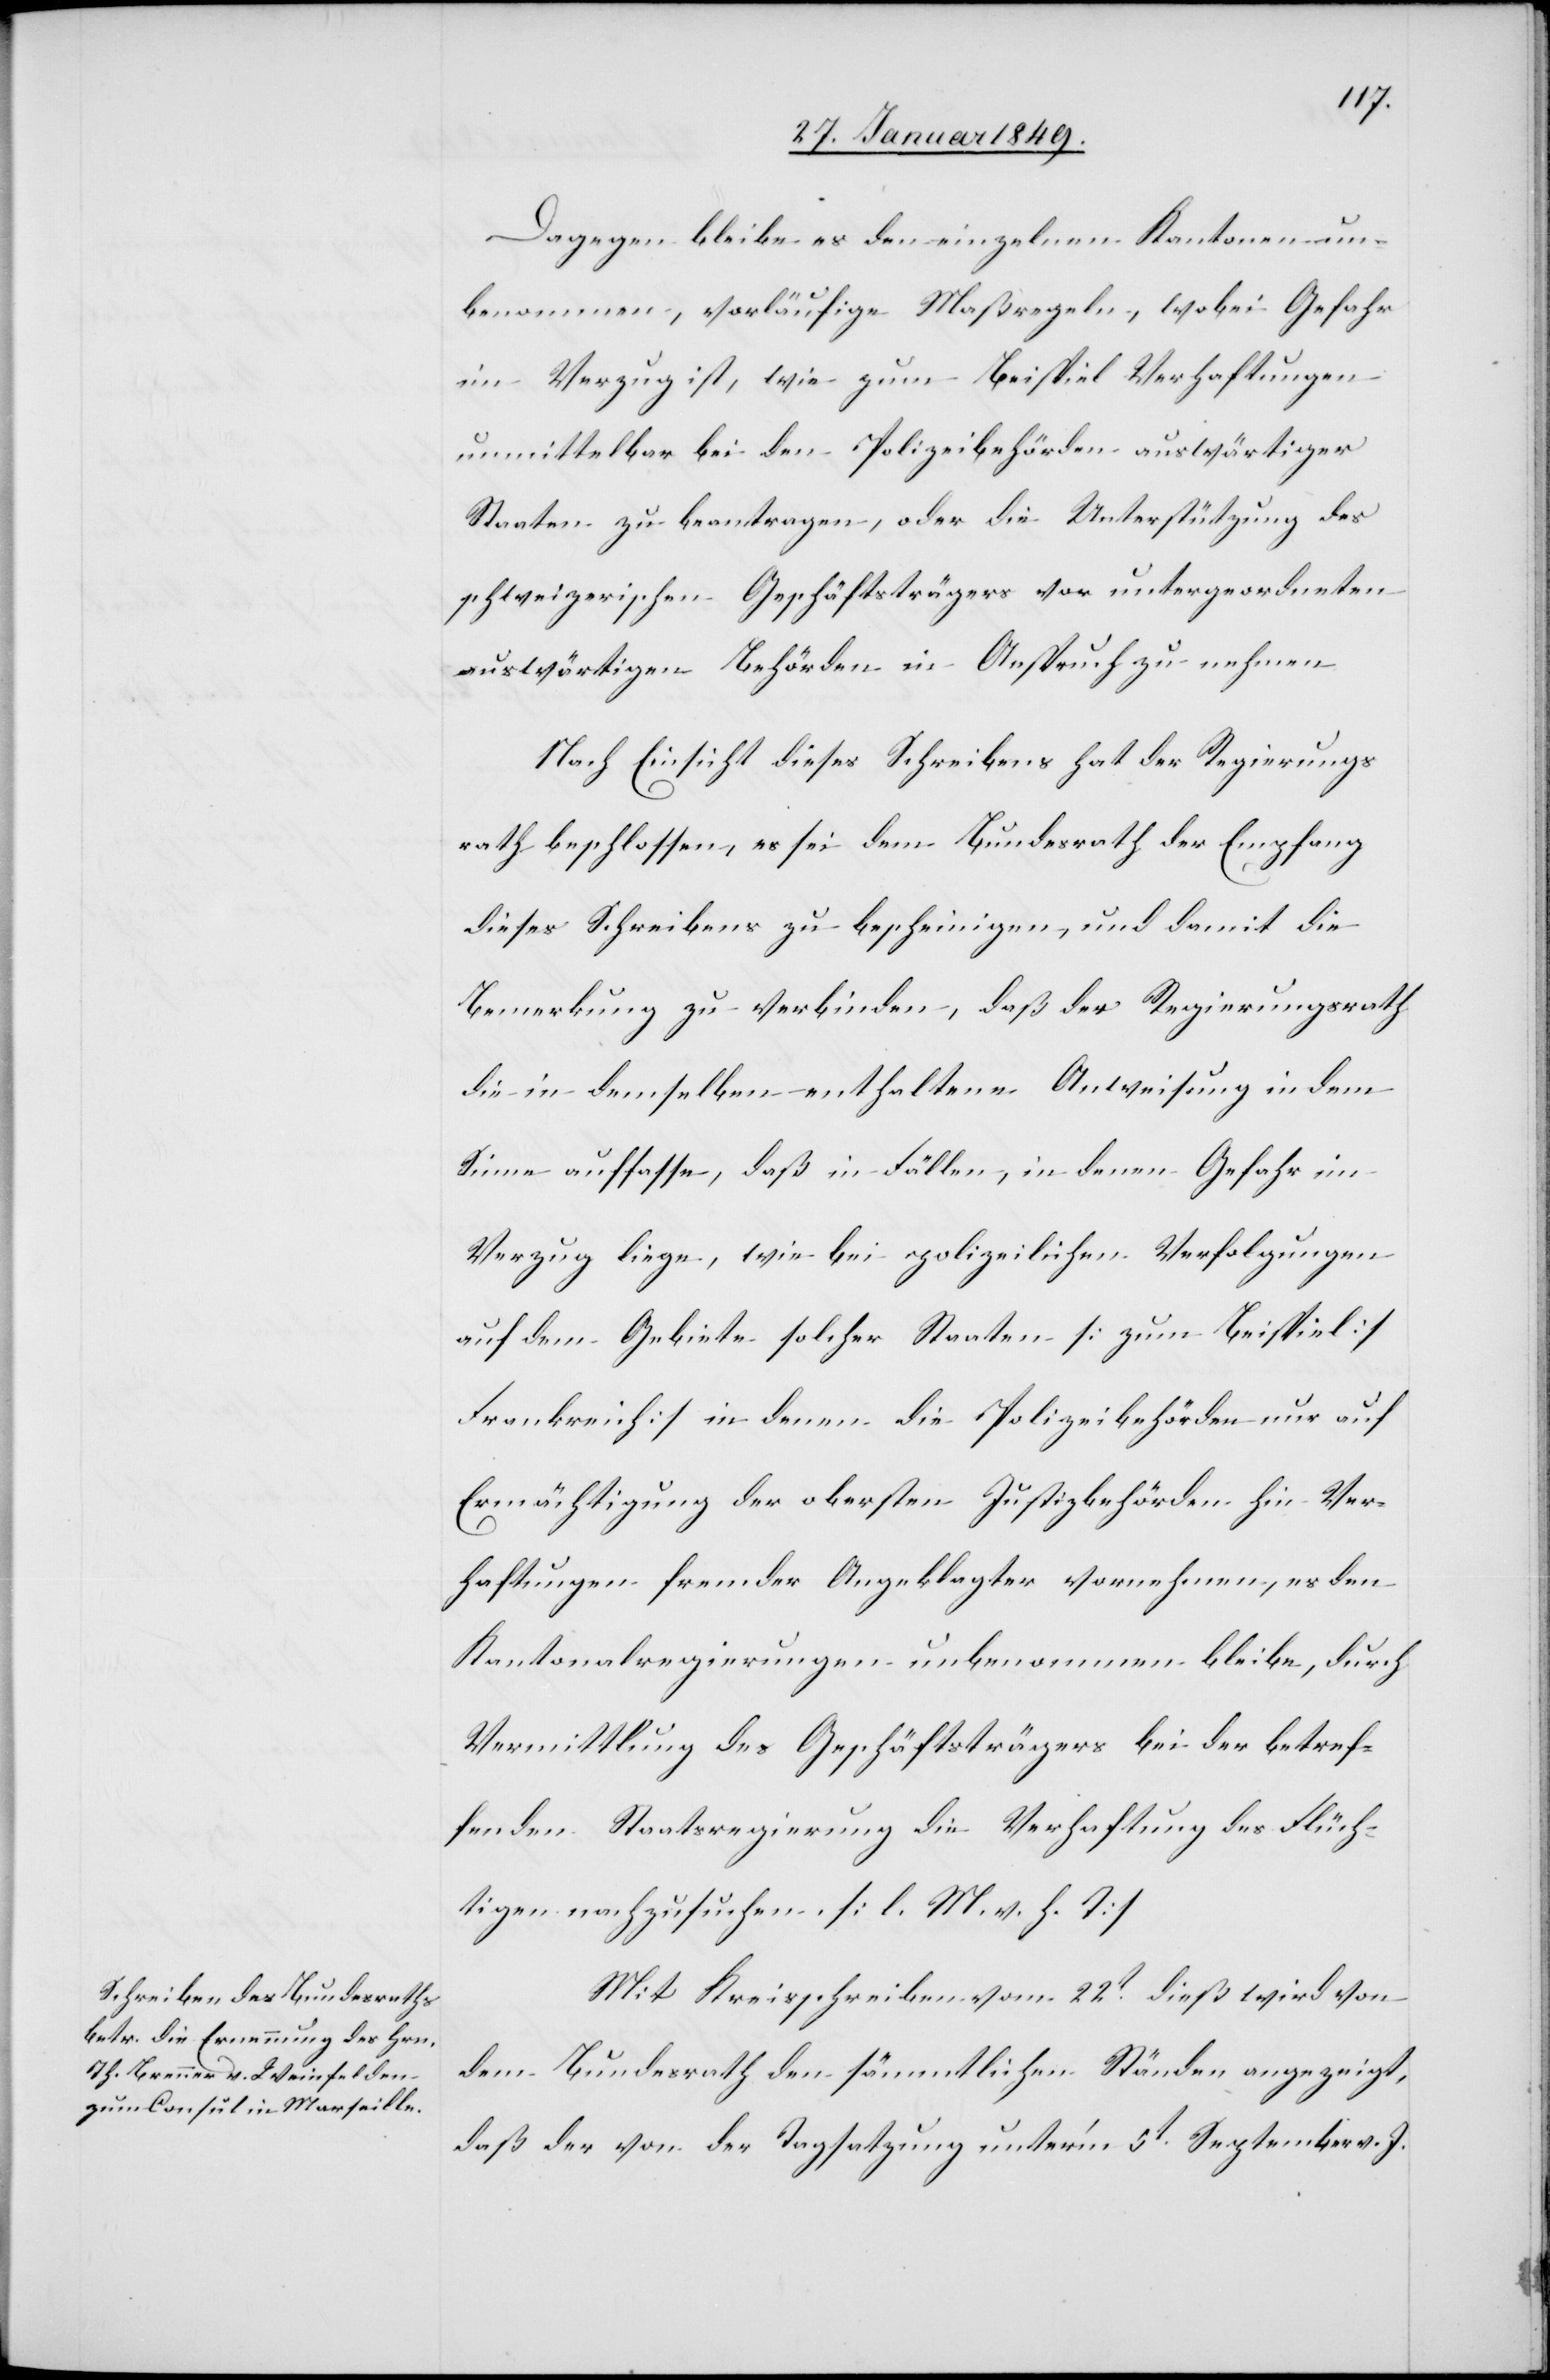
Dagegen bleibe es den einzelnen Kantonen un¬
benommen, vorläufige Maßregeln, wobei Gefahr
im Verzug ist, wie zum Beispiel Verhaftungen
unmittelbar bei den Polizeibehörden auswärtiger
Staaten zu beantragen, oder die Unterstützung des
schweizerischen Geschäftsträgers vor untergeordneten
auswärtigen Behörden in Anspruch zu nehmen
Nach Einsicht dieses Schreibens hat der Regierungs¬
rath beschlossen, es sei dem Bundesrath der Empfang
dieses Schreibens zu bescheinigen, und damit die
Bemerkung zu verbinden, daß der Regierungsrath
die in demselben enthaltene Anweisung in dem
Sinne auffasse, daß in Fällen, in denen Gefahr im
Verzug liege, wie bei polizeilichen Verfolgungen
auf dem Gebiete solcher Staaten [zum Beispiel]
Frankreich] in denen die Polizeibehörden nur auf
Ermächtigung der obersten Justizbehörden hin Ver¬
haftungen fremder Angeklagter vornehmen, es den
Kantonalregierungen unbenommen bleibe, durch
Vermittlung des Geschäftsträgers bei der betref¬
fenden Staatsregierung die Verhaftung des Flüch¬
tigen nachzusuchen. [l. M. v. h. T]
Mit Kreisschreiben vom 22t. dieß wird von
dem Bundesrath den sämmtlichen Ständen angezeigt,
daß der von der Tagsatzung unter’m 5t. September v. J.